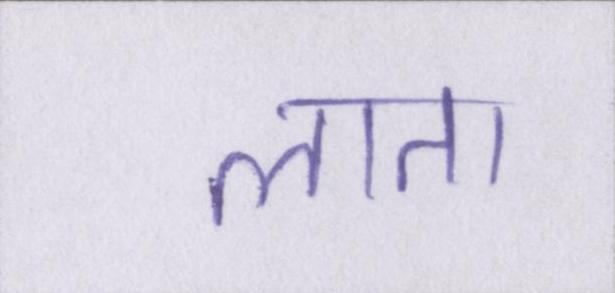
लाता